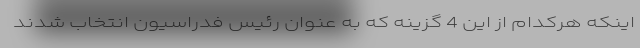
اینکه هرکدام از این 4 گزینه که به عنوان رئیس فدراسیون انتخاب شدند